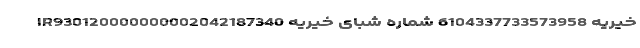
خیریه 6104337733573958 شماره شبای خیریه IR930120000000002042187340